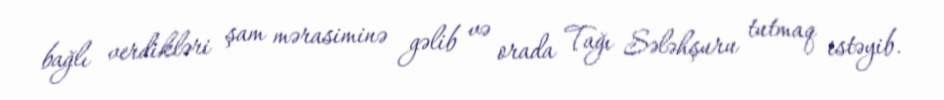
bağlı verdikləri şam mərasiminə gəlib və orada Tağı Sələhşuru tutmaq istəyib.